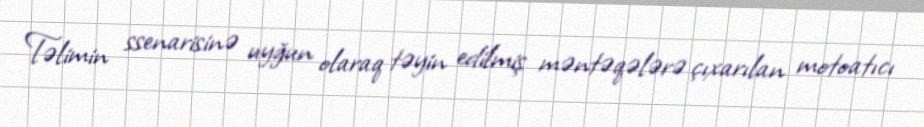
Təlimin ssenarisinə uyğun olaraq təyin edilmiş məntəqələrə çıxarılan motoatıcı